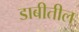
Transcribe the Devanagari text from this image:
डाबीतील